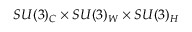
S U ( 3 ) _ { C } \times S U ( 3 ) _ { W } \times S U ( 3 ) _ { H }